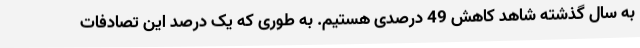
به سال گذشته شاهد کاهش 49 درصدی هستیم. به طوری که یک درصد این تصادفات